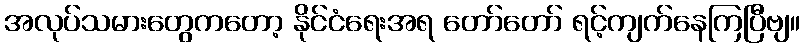
အလုပ်သမားတွေကတော့ နိုင်ငံရေးအရ တော်တော် ရင့်ကျက်နေကြပြီဗျ။